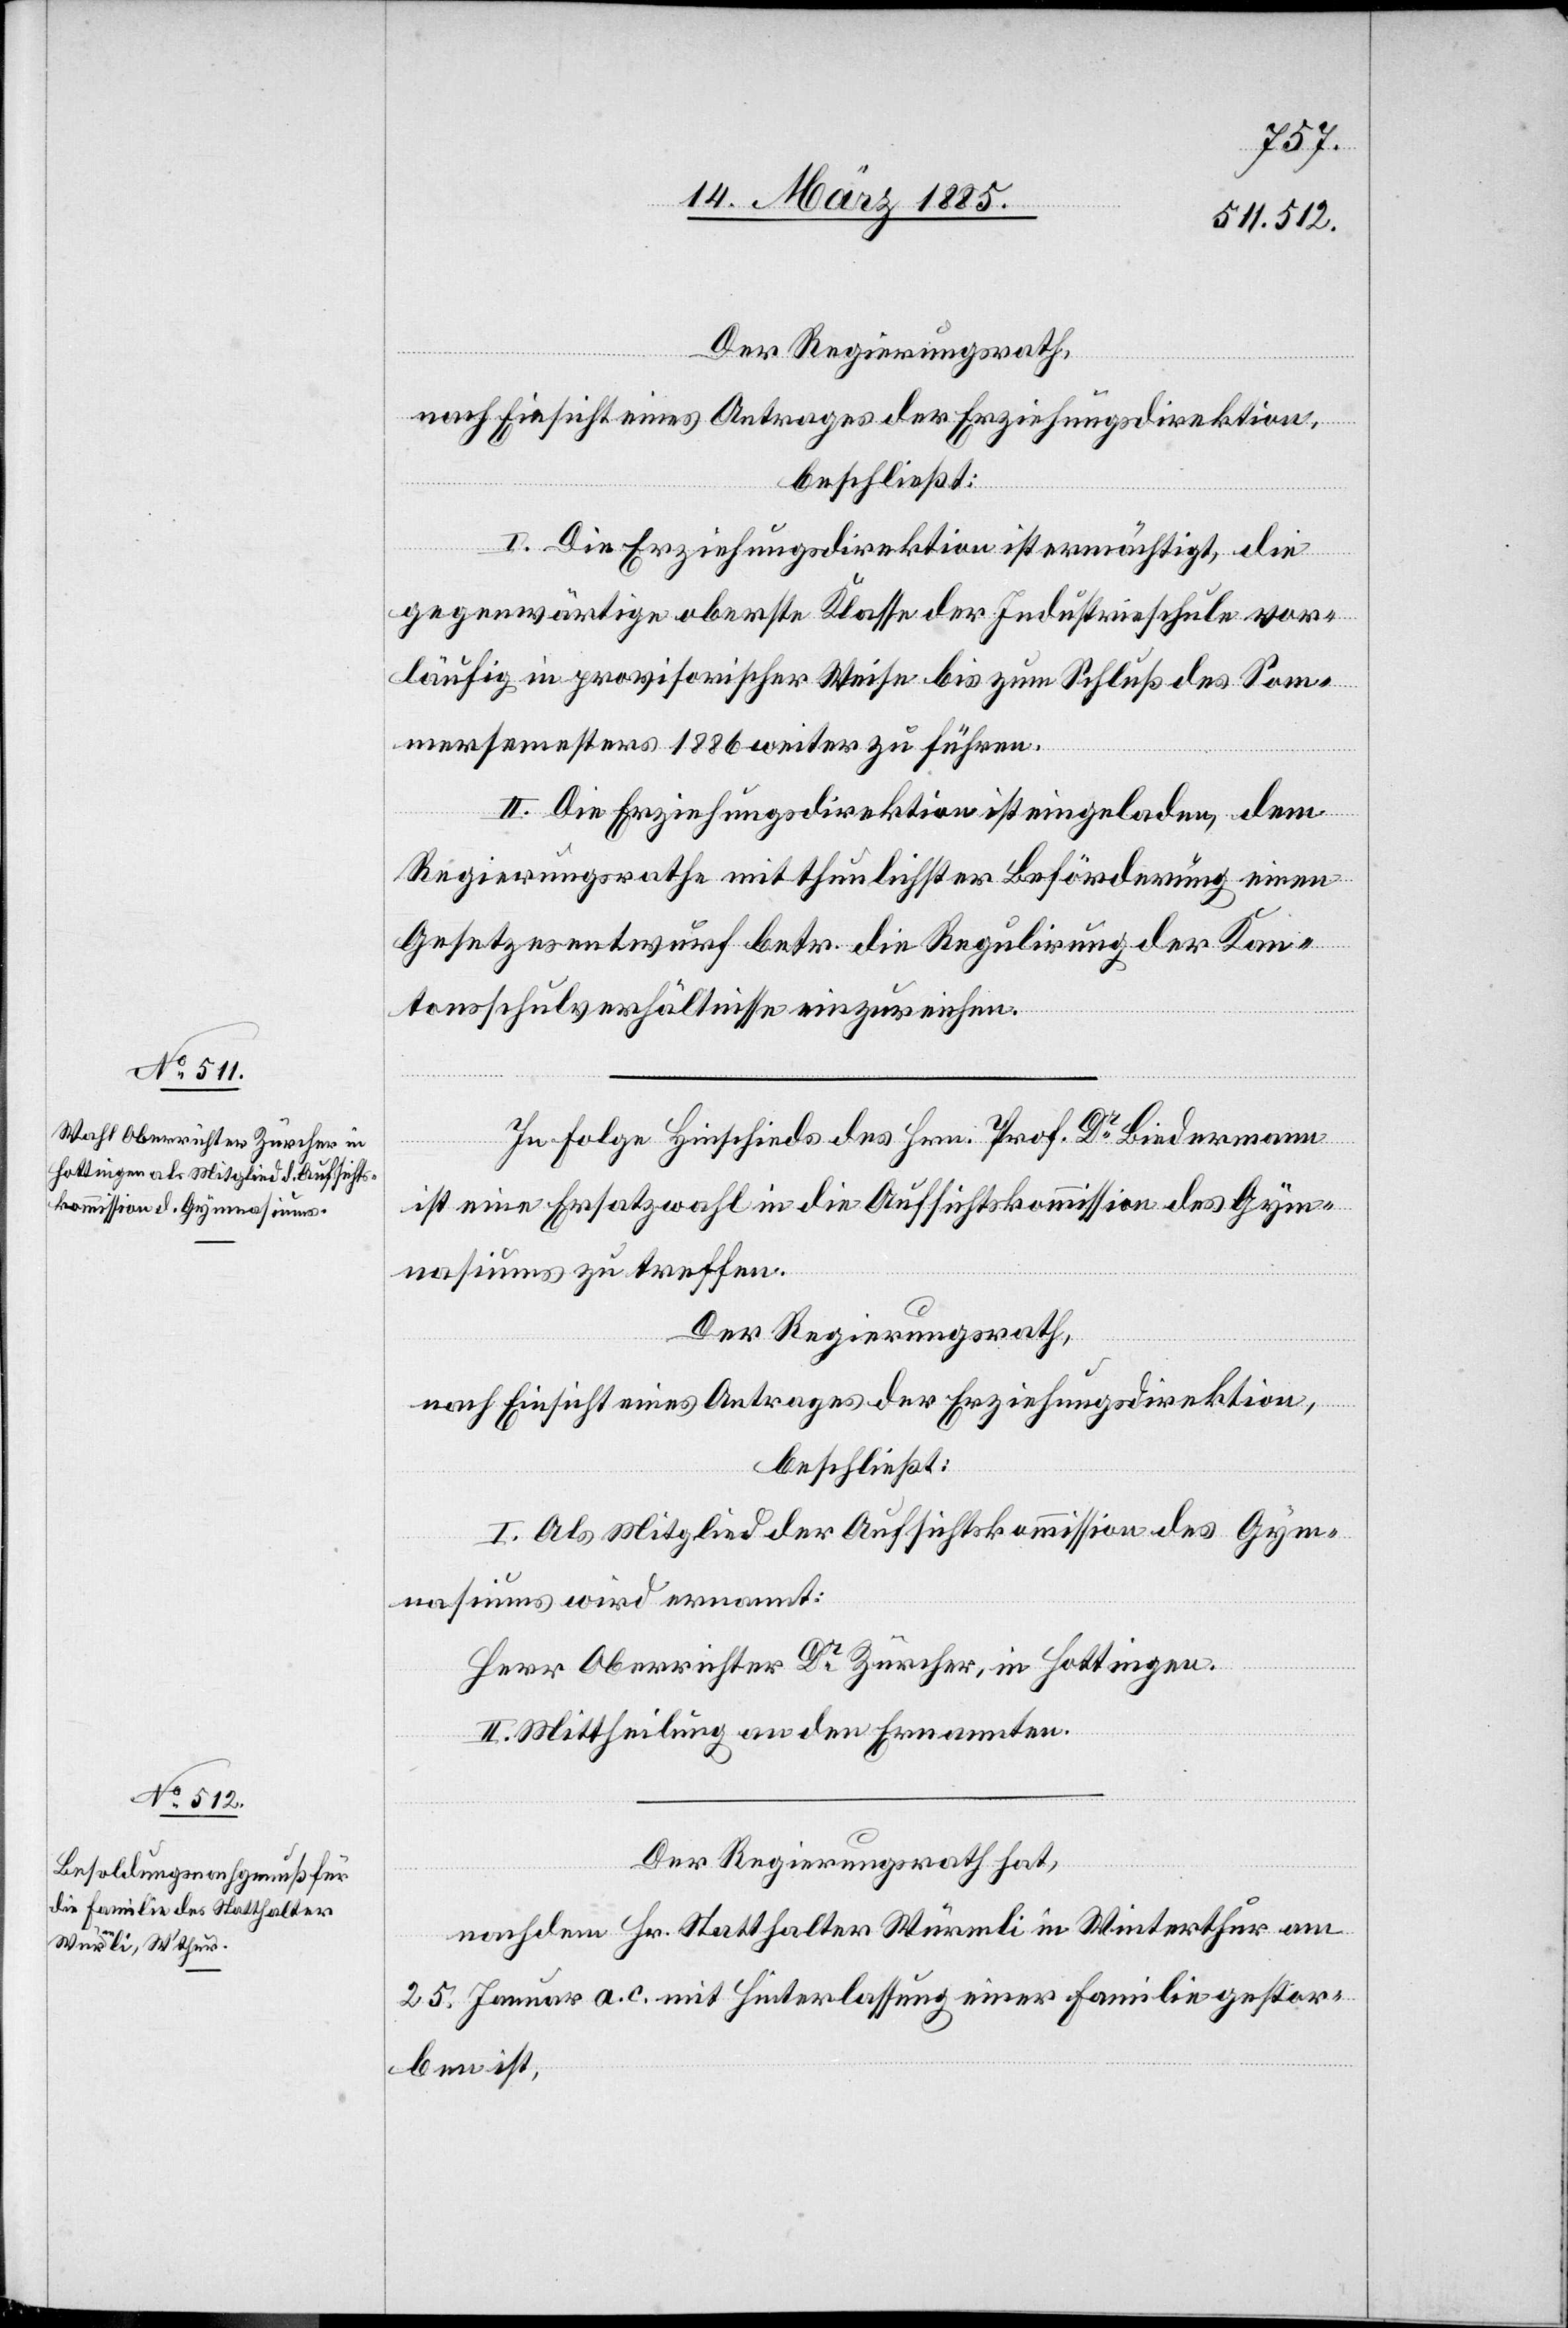
Der Regierungsrath,
nach Einsicht eines Antrages der Erziehungsdirektion,
beschließt:
I. Die Erziehungsdirektion ist ermächtigt, die
gegenwärtige oberste Klasse der Industrieschule vor¬
läufig in provisorischer Weise bis zum Schluß des Som¬
mersemesters 1886 weiter zu führen.
II. Die Erziehungsdirektion ist eingeladen, dem
Regierungsrathe mit thunlichster Beförderung einen
Gesetzesentwurf betr. die Regulirung der Kan¬
tonsschulverhältnisse einzureichen.
In Folge Hinschieds des Hrn. Prof. Dr Biedermann
ist eine Ersatzwahl in die Aufsichtskommission des Gym¬
nasiums zu treffen.
Der Regierungsrath,
nach Einsicht eines Antrages der Erziehungsdirektion,
beschließt:
I. Als Mitglied der Aufsichtskommission des Gym¬
nasiums wird ernannt:
Herr Oberrichter Dr Zürcher, in Hottingen.
II. Mittheilung an den Ernannten.
Der Regierungsrath hat,
nachdem Hr. Statthalter Würmli in Winterthur am
25. Januar a. c. mit Hinterlassung einer Familie gestor¬
ben ist,